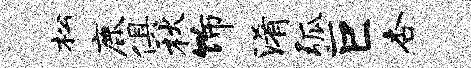
松鹿俱秋饰淆弧巨杏